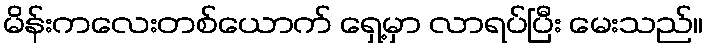
မိန်းကလေးတစ်ယောက် ရှေ့မှာ လာရပ်ပြီး မေးသည်။